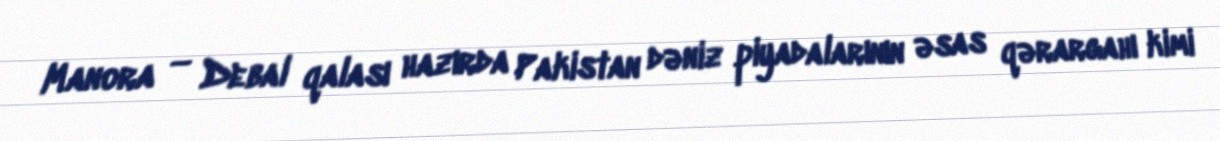
Manora — Debal qalası hazırda Pakistan dəniz piyadalarının əsas qərargahı kimi